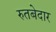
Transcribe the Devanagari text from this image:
रुतबेदार